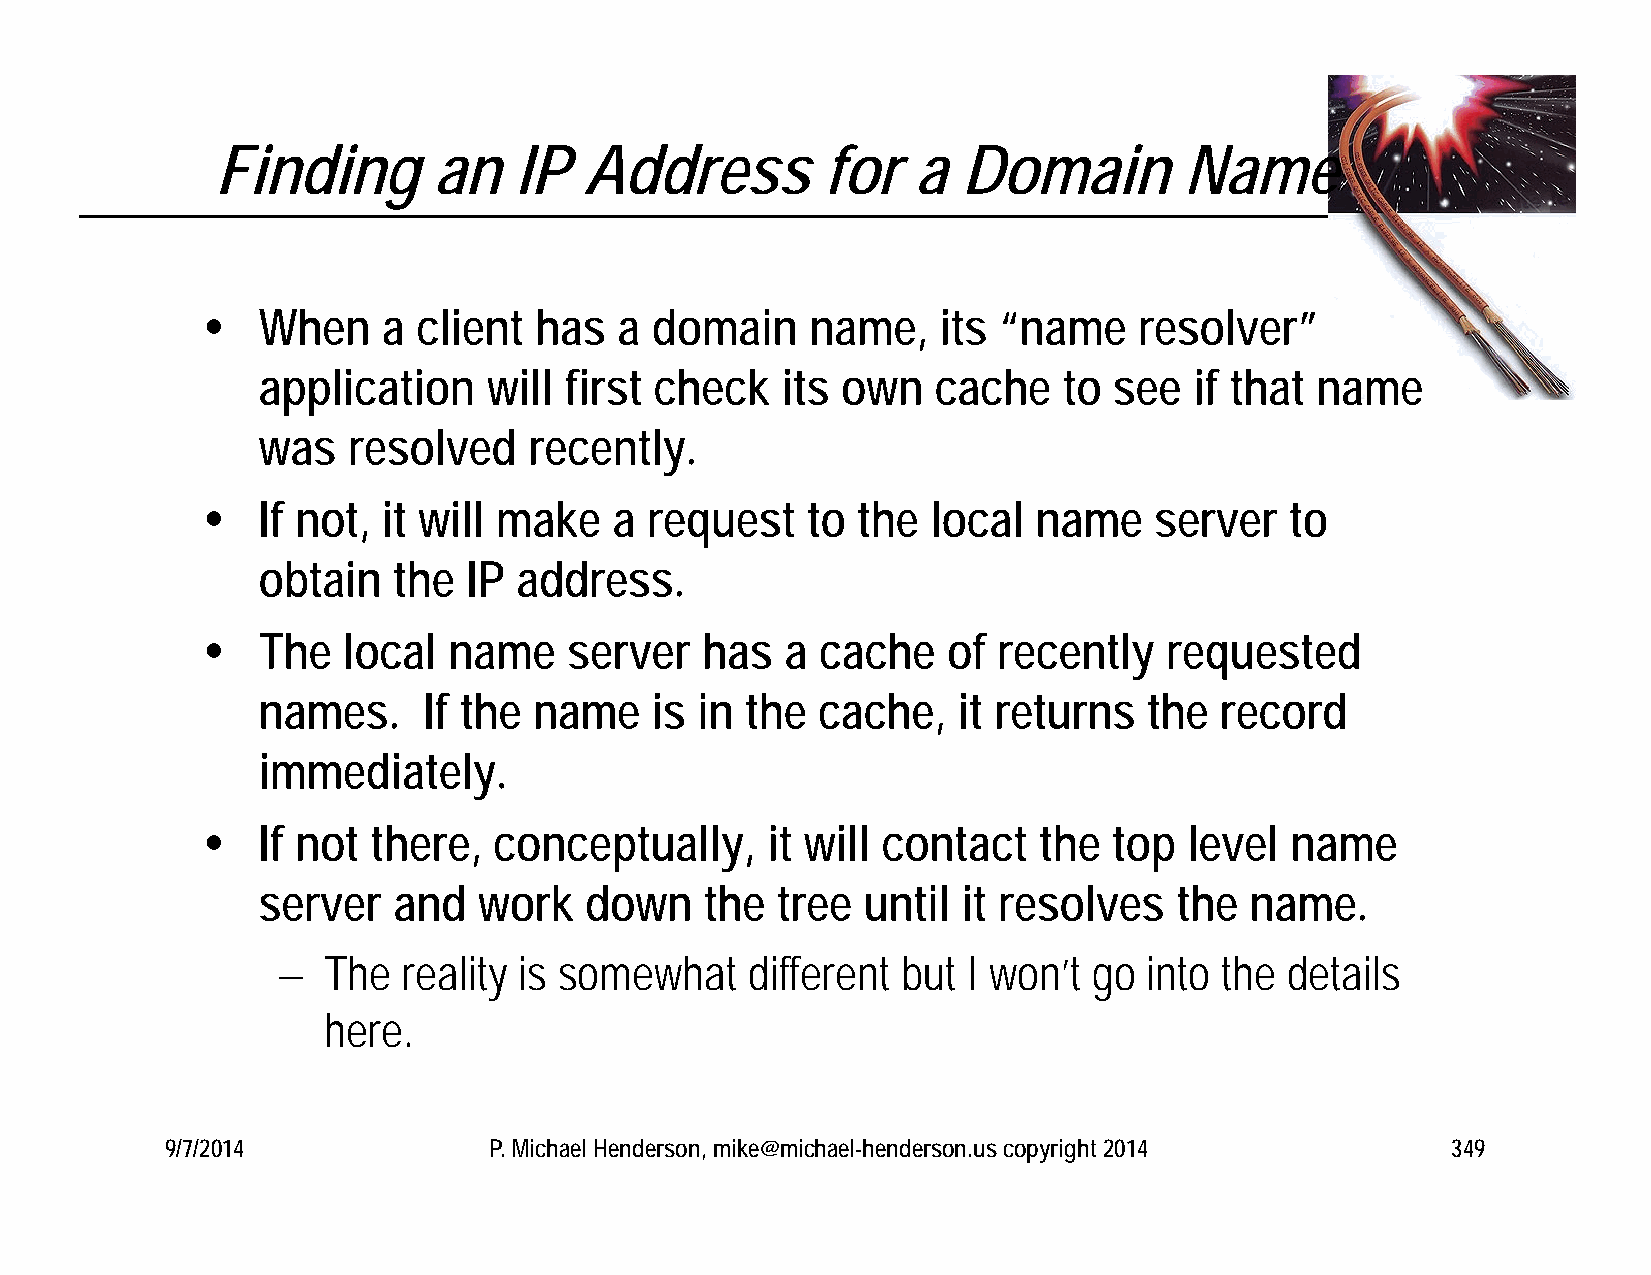
Finding        an   IP   Address         for   a  Domain        Name
    When    a  client has   a domain     name,   its “name    resolver”
 application    will first check    its own   cache   to  see  if that name
 was   resolved    recently.
    If not, it will make    a request   to  the  local  name   server   to
 obtain   the  IP address.
    The   local  name    server  has   a cache    of recently   requested
 names.     If the name    is in the  cache,   it returns   the  record
 immediately.
    If not  there,  conceptually,     it will contact   the  top  level name
 server   and   work   down    the tree  until  it resolves   the  name.
   The   reality is somewhat    different but I won’t go  into the details
 here.
 9/7/2014             P. Michael Henderson, mike@michael-henderson.us copyright 2014  349